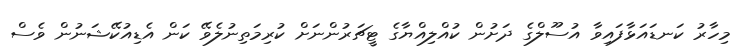
މިހާރު ކަނޑައަޅާފައިވާ އުސޫލްގެ ދަށުން ކުއްލިއްޔާގެ ޓީޗަރުންނަށް ކުރިމަތިނުލެވޭ ކަން އެޑިއުކޭޝަނުން ވެސް